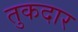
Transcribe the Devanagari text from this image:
तुकदार